[Report on the health of British troops in the Madras command]
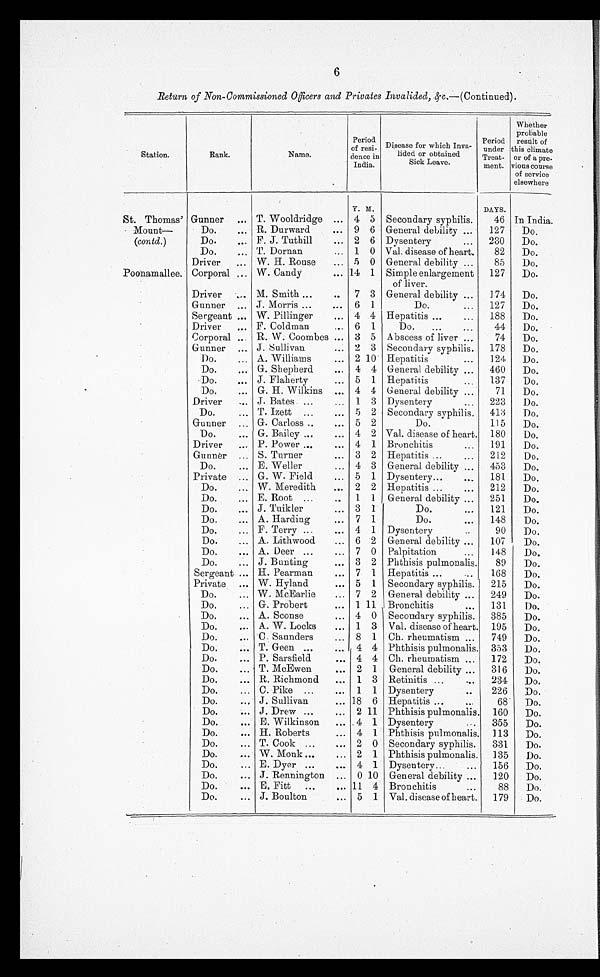
6
Return of Non-Commissioned Officers and Privates Invalided, &c.—(Continued).
Station.
Rank.
Name.
Period
of resi-
dence in
India.
Disease for which Inva-
lided or obtained
Sick Leave.
Period
under
Treat-
ment.
Whether
probable
result of
this climate
or of a pre-
vious course
of service
elsewhere
Y. M.
DAYS.
St. Thomas'
Mount—
(contd.)
Gunner ... T. Wooldridge ... 4 5 Secondary syphilis.
46 In India.
Do.
R. Durward
... 9 6 General debility ...
127
Do.
D o . . . .
F. J. Tuthill
... 2 6 Dysentery
...
230
Do.
Do.
. . . T. Dornan . . . 1 0 Val. disease of heart.
82
Do.
Poonamallee.
Driver
... W. H. Rouse
... 5 0 General debility ...
85
Do.
Corporal
. . . W. Candy
... 14 1 Simple enlargement
of liver.
127
Do.
Driver
. . . M. Smith ...
..
7 3 General debility ...
174
Do.
Gunner ... J. Morris ...
... 6 1
Do.
...
127
Do.
Sergeant ... W. Pillinger
. . . 4 4 Hepatitis ...
...
188
Do.
Driver
... F. Coldman
... 6 1
Do.
...
...
44
Do.
Corporal ... R. W. Coombes ... 3 5 Abscess of liver ...
74
Do.
Gunner ... J. Sullivan
... 2 3 Secondary syphilis.
178
Do.
Do.
... A. Williams
... 2 10 Hepatitis
...
124
Do.
Do.
. . . G. Shepherd
. . . 4 4 General debility ...
460
Do.
Do.
... J. Flaherty
... 5 1 Hepatitis
137
Do.
Do.
... G. H. Wilkins ... 4 4 General debility ...
71
Do.
Driver
... J. Bates ...
... 1 3 Dysentery
...
223
Do.
Do.
... T. Izett ...
. . . 5 2 Secondary syphilis.
413
Do.
Gunner
G. Carloss ..
. . . 5 2
Do.
115
Do.
Do.
... G. Bailey ...
... 4 2 Val. disease of heart. 180
Do.
Driver
... P. Power ...
. . . 4 1 Bronchitis
...
191
Do.
Gunner
S. Turner
... 3 2 Hepatitis ...
...
212
Do.
Do.
... E. Weller
... 4 3 General debility ...
453
Do.
Private ... G. W. Field
... 5 1 Dysentery...
...
181
Do.
Do.
... W. Meredith
... 2 2 Hepatitis ...
...
212
Do.
Do.
... E. Root ...
..
1 1 General debility ...
251
Do.
Do.
. . . J. Tuikler
... 3 1
Do.
. . . 121
Do.
•
Do. ...
Harding
... 7 1
Do.
...
148
Do.
Do.
... F. Terry ...
... 4 1 Dysentery
90
Do.
Do.
... A. Lithwood
... 6 2 General debility ...
107
Do.
Do.
... A. Deer ...
... 7 0 Palpitation
...
148
Do.
Do.
... J. Bunting
... 3 2 Phthisis pulmonalis.
89
Do.
Sergeant ... H. Pearman
... 7 1 Hepatitis ...
...
168
Do.
Private
W. Hyland
... 5 1 Secondary syphilis.
215
Do.
Do.
... W. McEarlie
... 7 2 General debility ...
249
Do.
Do.
... G. Probert
... 1 11 Bronchitis
. . .
131
Do.
Do.
. . .
•
A Sconse
... 4 0 Secondary syphilis.
385
Do.
Do.
A. W. Locks
... 1 3 Val. disease of heart. 195
Do.
Do.
... C. Saunders
... 8 1 Ch. rheumatism ...
749
Do.
Do.
... T. Geen ...
... 4 4 Phthisis pulmonalis. 353
Do.
Do.
... P. Sarsfield
... 4 4 Ch. rheumatism ...
172
Do.
Do.
... T. McEwen
... 2 1 General debility ...
316
Do.
Do.
... R. Richmond
... 1 3 Retinitis ...
...
234
Do.
Do.
... C. Pike ...
... 1 1 Dysentery
..
226
Do.
Do.
... J. Sullivan
... 18 6 Hepatitis ...
68
Do.
Do.
... J . Drew ...
... 2 11 Phthisis pulmonalis. 160
Do.
Do.
... E. Wilkinson
... 4 1 Dysentery... . . .
355
Do.
Do.
... H. Roberts
... 4 1 Phthisis pulmonalis. 113
Do.
Do.
... T. Cook ...
... 2 0 Secondary syphilis.
331
Do.
Do.
... W. Monk ...
...
2 1 Phthisis pulmonalis.
135
Do.
Do.
... E. Dyer ...
. . . 4 1 Dysentery...
...
156
Do.
Do.
... J . Rennington ... 0 10 General debility ...
120
Do.
Do.
... E. Fitt
...
... 11 4 Bronchitis
...
88
Do.
Do.
... J. Boulton
... 5 1 Val. disease of heart.
179
Do.